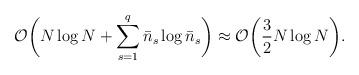
LaTeX: \begin{align*}{\cal O} \bigg( N \log{N} + \sum_{s=1}^{q} {\bar n}_s \log{{\bar n}_s} \bigg) \approx {\cal O} \bigg( \frac{\displaystyle 3}{\displaystyle 2} N \log{ N} \bigg).\end{align*}